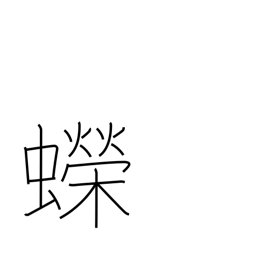
Meaning: newt